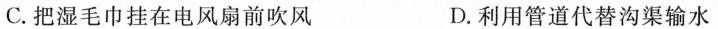
C.把湿毛巾挂在电风扇前吹风 D.利用管道代替沟渠输水